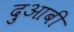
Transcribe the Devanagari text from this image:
दुआबी